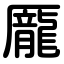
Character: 龎